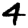
Digit: 4